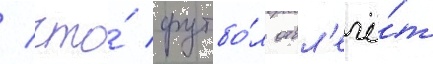
/ что́ футбо́л отвл'ечё́т